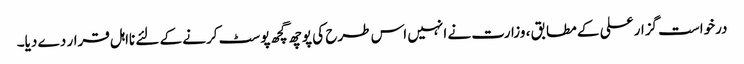
درخواست گزار علی کے مطابق ، وزارت نے انہیں اس طرح کی پوچھ گچھ پوسٹ کرنے کے لئے نااہل قرار دے دیا۔